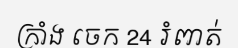
ក្រាំង ចេក 24 រំពាត់